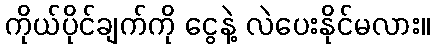
ကိုယ်ပိုင်ချက်ကို ငွေနဲ့ လဲပေးနိုင်မလား။